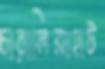
চারালিয়াহাট